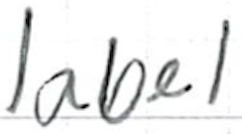
Text: label
Cross-out: clean
Writing tool: ballpoint